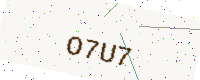
Text: O7U7